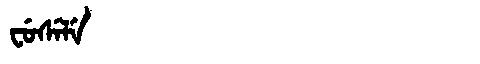
Manchu: ᠸᡠᠰᡝᠯᡝ
Romanization: FUSELE